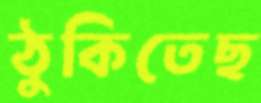
ঠুকিতেছ